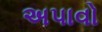
અપાવો